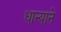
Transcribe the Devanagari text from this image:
धान्याने